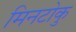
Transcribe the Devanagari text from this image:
मिनटोकु